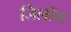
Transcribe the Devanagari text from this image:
जिलॉग